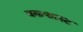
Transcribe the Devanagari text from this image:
बकफास्ट